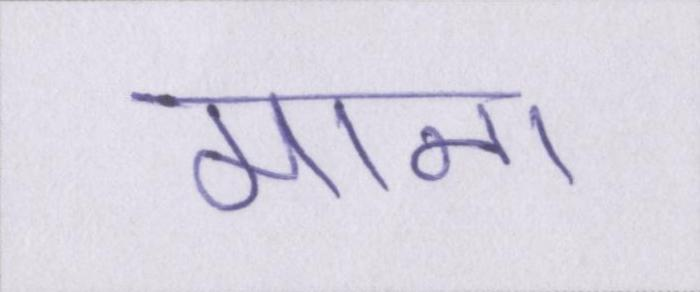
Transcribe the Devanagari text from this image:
माना।